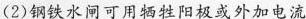
(2)钢铁水闸可用牺牲阳极或外加电流